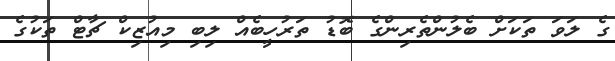
ގެ ލަވަ ތަކަށް ބެލުންތެރިންގެ ބޮޑު ތަރުހީބެއް ލިބި މިއުޒިކް ޗާޓް ތަކުގެ